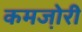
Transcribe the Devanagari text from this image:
कमजो़री